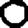
Digit: 0